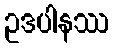
ဥဒပါနဿ